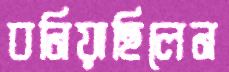
বনিয়াছিলেন